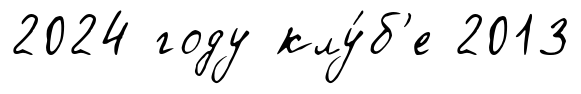
2024 году клу́б'е 2013